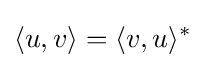
\langle u,v\rangle =\langle v,u\rangle ^{*}